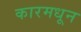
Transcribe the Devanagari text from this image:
कारमधून